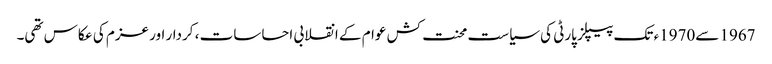
1967 سے1970ء تک پیپلز پارٹی کی سیاست محنت کش عوام کے انقلابی احساسات ، کردار اور عزم کی عکاس تھی۔